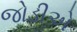
જોડીએ